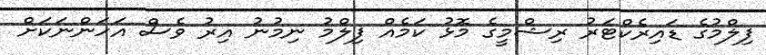
ފިލްމުގެ ޑައިރެކްޓަރު ރިޝްމީގެ މޮޅު ކަމެއް ފިލްމު ނިމުނު އިރު ވެސް އަހަންނަކަށް